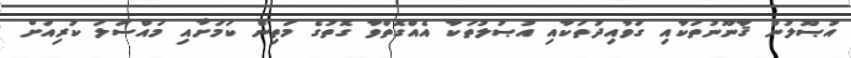
އުޞޫލުން ޤާނޫނުތަކާއި ގަވާއިދުތަކާއި އުޞުލުތަކާ އެއްގޮތްވާ ގޮތުގެ މަތިން ކަމަށާއި މައްސަލަ ކުރިއަށް